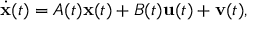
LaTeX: { \dot { \mathbf { x } } } ( t ) = A ( t ) \mathbf { x } ( t ) + B ( t ) \mathbf { u } ( t ) + \mathbf { v } ( t ) ,